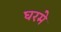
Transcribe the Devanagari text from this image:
घरमे